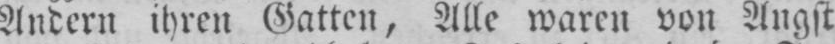
Andern ihren Gatten, Alle waren von Angst